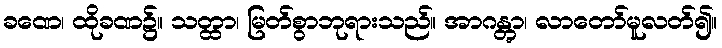
ခဏေ၊ ထိုခဏ၌။ သတ္ထာ၊ မြတ်စွာဘုရားသည်။ အာဂန္တွာ၊ လာတော်မူလတ်၍။